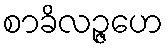
စာခိလဉ္ဇဟေ